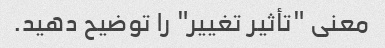
معنی "تأثیر تغییر" را توضیح دهید.